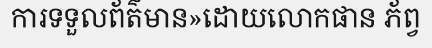
ការទទួលព័ត៌មាន»ដោយលោកផាន ភ័ព្វ